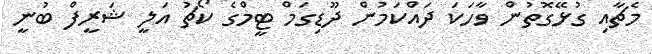
މެޗާއި ގުޅޭގޮތުން ވާހަކަ ދައްކަމުން ދޫޑިގަމް ޓީމްގެ ކޯޗު އަލީ ޝަރީފް ބުނީ